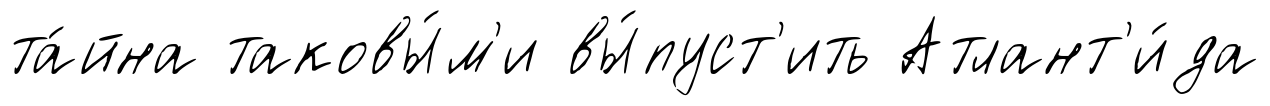
та́йна таковы́м'и вы́пуст'ить Атлант'и́да